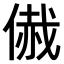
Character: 𠋰